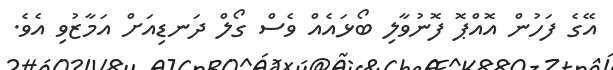
އޭގެ ފަހުން އޮއްޕޮ ފޮނުވާލި ބޯޅައެއް ވެސް ގޯލް ދަނޑިއަށް އަމާޒުވި އެވެ.